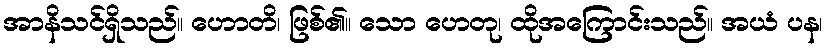
အာနိသင်ရှိသည်။ ဟောတိ၊ ဖြစ်၏။ သော ဟေတု၊ ထိုအကြောင်းသည်။ အယံ ပန၊